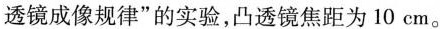
透镜成像规律”的实验，凸透镜焦距为10cm。